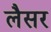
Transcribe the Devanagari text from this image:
लैसर